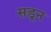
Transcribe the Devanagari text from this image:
सडून